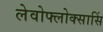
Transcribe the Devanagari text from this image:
लेवोफ्लोक्सासिं